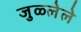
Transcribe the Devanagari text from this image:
जुळ्लेले